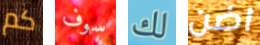
كم سوف لك اضن